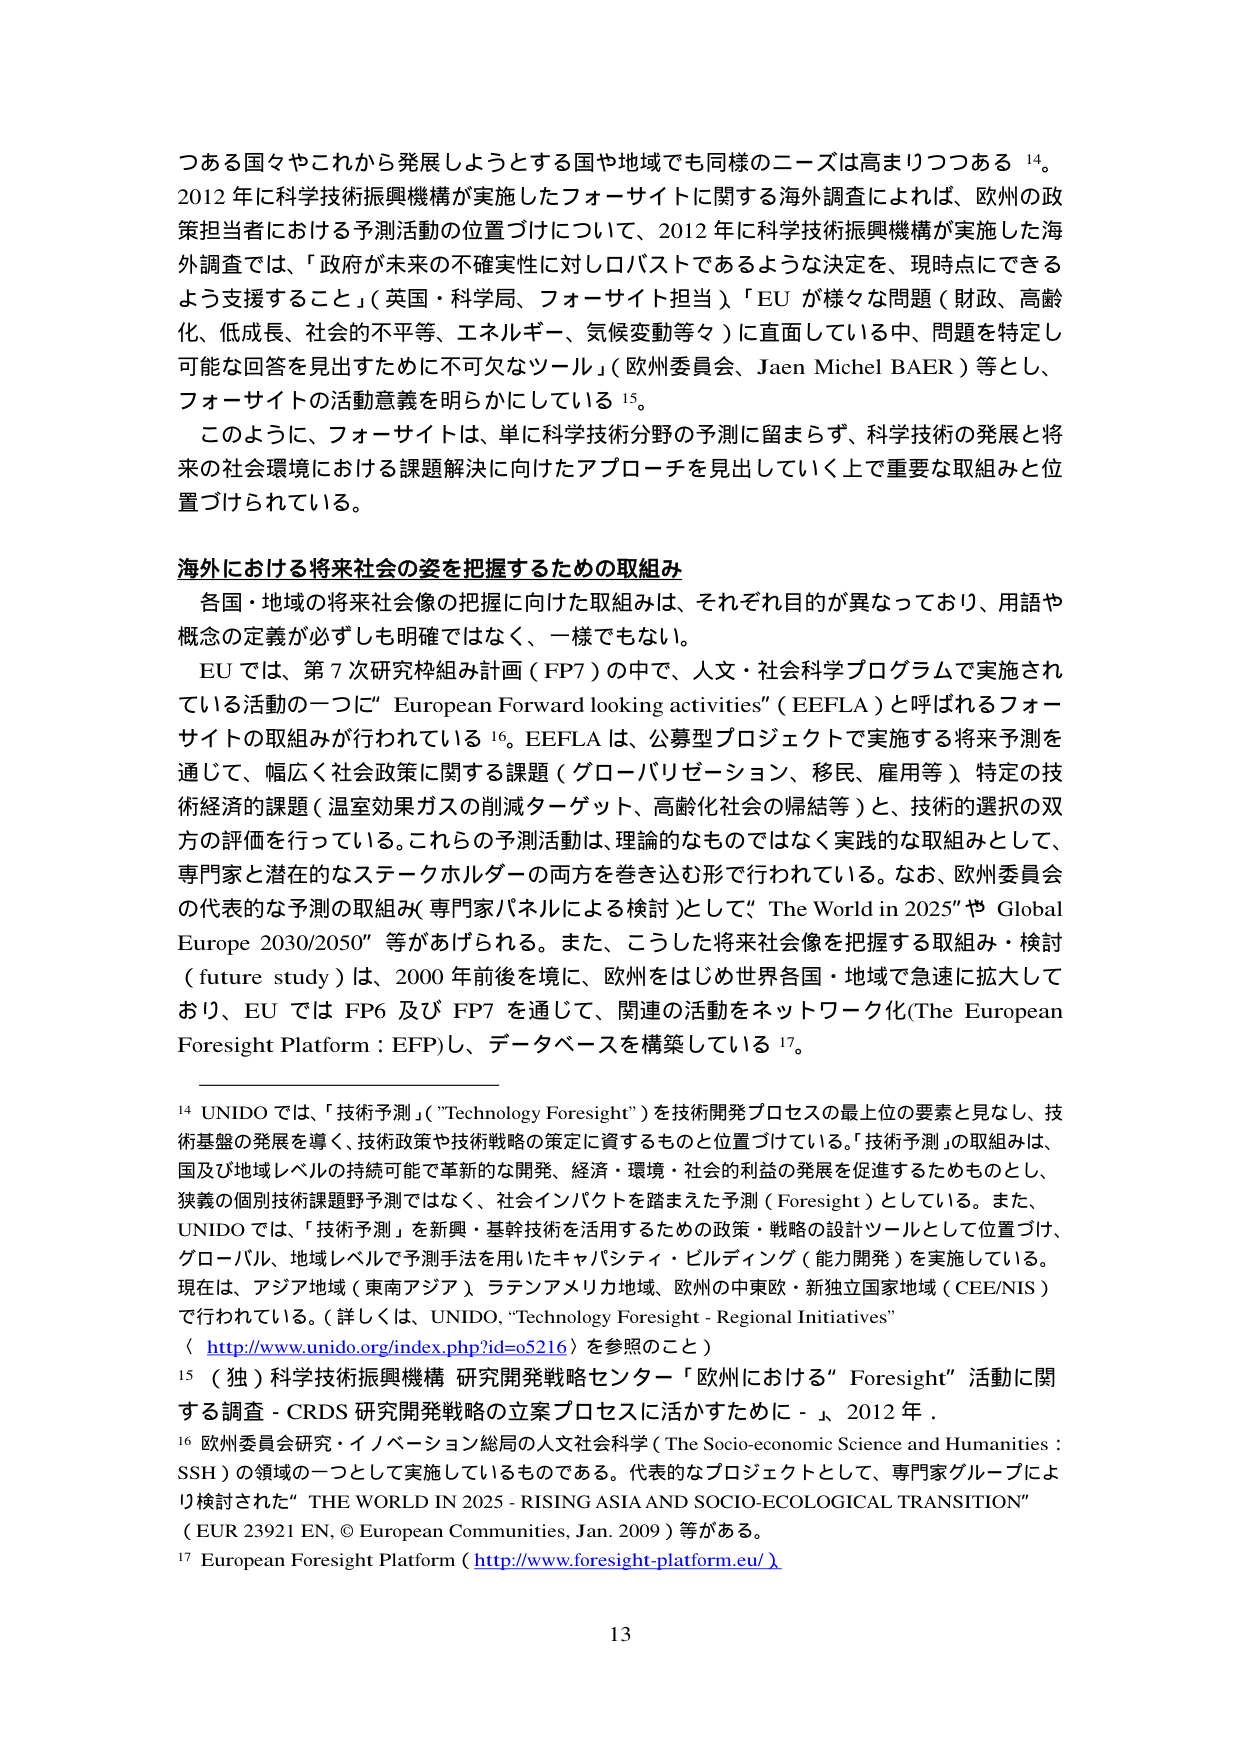
つある国々やこれから発展しようとする国や地域でも同様のニーズは高まりつつある 14。
2012 年に科学技術振興機構が実施したフォーサイトに関する海外調査によれば、欧州の政策担当者における予測活動の位置づけについて、2012 年に科学技術振興機構が実施した海外調査では、「政府が未来の不確実性に対しロバストであるような決定を、現時点にできるよう支援すること」（英国・科学局、フォーサイト担当）、「EU が様々な問題（財政、高齢化、低成長、社会的不平等、エネルギー、気候変動等々）に直面している中、問題を特定し可能な回答を見出すために不可欠なツール」（欧州委員会、Jaen Michel BAER）等とし、フォーサイトの活動意義を明らかにしている 15。
このように、フォーサイトは、単に科学技術分野の予測に留まらず、科学技術の発展と将来の社会環境における課題解決に向けたアプローチを見出していく上で重要な取組みと位置づけられている。

**海外における将来社会の姿を把握するための取組み**
各国・地域の将来社会像の把握に向けた取組みは、それぞれ目的が異なっており、用語や概念の定義が必ずしも明確ではなく、一様でもない。
EU では、第 7 次研究枠組み計画（FP7）の中で、人文・社会科学プログラムで実施されている活動の一つに“ European Forward looking activities”（EEFLA）と呼ばれるフォーサイトの取組みが行われている 16。EEFLA は、公募型プロジェクトで実施する将来予測を通じて、幅広く社会政策に関する課題（グローバリゼーション、移民、雇用等）、特定の技術経済的課題（温室効果ガスの削減ターゲット、高齢化社会の帰結等）と、技術の選択の双方の評価を行っている。これらの予測活動は、理論的なものではなく実践的な取組みとして、専門家と潜在的なステークホルダーの両方を巻き込む形で行われている。なお、欧州委員会の代表的な予測の取組み（専門家パネルによる検討）として、“The World in 2025”や“Global Europe 2030/2050”等があげられる。また、こうした将来社会像を把握する取組み・検討（future study）は、2000 年前後を境に、欧州をはじめ世界各国・地域で急速に拡大しており、EU では FP6 及び FP7 を通じて、関連の活動をネットワーク化（The European Foresight Platform：EFP）し、データベースを構築している 17。

14 UNIDO では、「技術予測」（“Technology Foresight”）を技術開発プロセスの最上位の要素と見なし、技術基盤の発展を導く、技術政策や技術戦略の策定に資するものと位置づけている。「技術予測」の取組みは、国及び地域レベルの持続可能で革新的な開発、経済・環境・社会的利益の発展を促進するためのものとし、狭義の個別技術課題予測ではなく、社会インパクトを踏まえた予測（Foresight）としている。また、UNIDO では、「技術予測」を新興・基幹技術を活用するための政策・戦略の設計ツールとして位置づけ、グローバル、地域レベルで予測手法を用いたキャパシティ・ビルディング（能力開発）を実施している。現在は、アジア地域（東南アジア）、ラテンアメリカ地域、欧州の中東欧・新独立国家地域（CEE/NIS）で行われている。（詳しくは、UNIDO, “Technology Foresight - Regional Initiatives”〈 http://www.unido.org/index.php?id=05216〉を参照のこと）
15 （独）科学技術振興機構 研究開発戦略センター「欧州における“Foresight”活動に関する調査 - CRDS 研究開発戦略の立案プロセスに活かすために -」、2012 年。
16 欧州委員会研究・イノベーション総局の人文社会科学（The Socio-economic Science and Humanities：SSH）の領域の一つとして実施しているものである。代表的なプロジェクトとして、専門家グループにより検討された“THE WORLD IN 2025 - RISING ASIA AND SOCIO-ECOLOGICAL TRANSITION”（EUR 23921 EN, © European Communities, Jan. 2009）等がある。
17 European Foresight Platform（http://www.foresight-platform.eu/）

13